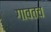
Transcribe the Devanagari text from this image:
गावतच